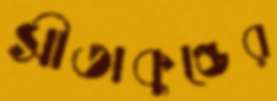
সীতাকুণ্ডের